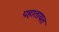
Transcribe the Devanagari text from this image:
पहातायत